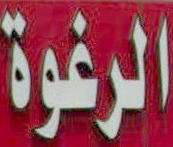
الرغوة